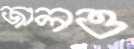
জালও